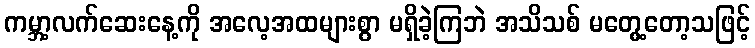
ကမ္ဘာ့လက်ဆေးနေ့ကို အလေ့အထများစွာ မရှိခဲ့ကြဘဲ အသိသစ် မတွေ့တော့သဖြင့်